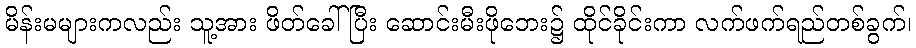
မိန်းမများကလည်း သူ့အား ဖိတ်ခေါ် ပြီး ဆောင်းမီးဖိုဘေး၌ ထိုင်ခိုင်းကာ လက်ဖက်ရည်တစ်ခွက်၊